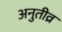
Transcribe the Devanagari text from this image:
अनुतीव्र